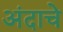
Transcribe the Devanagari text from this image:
अंदाचे